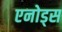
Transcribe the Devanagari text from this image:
एनोड्स